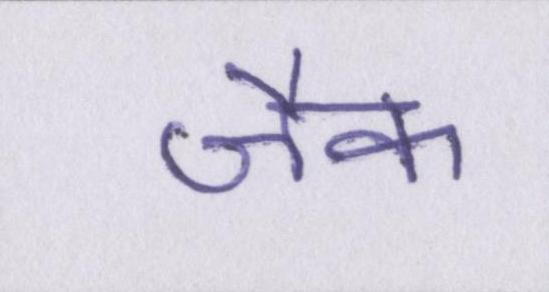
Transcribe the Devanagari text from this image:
जैक